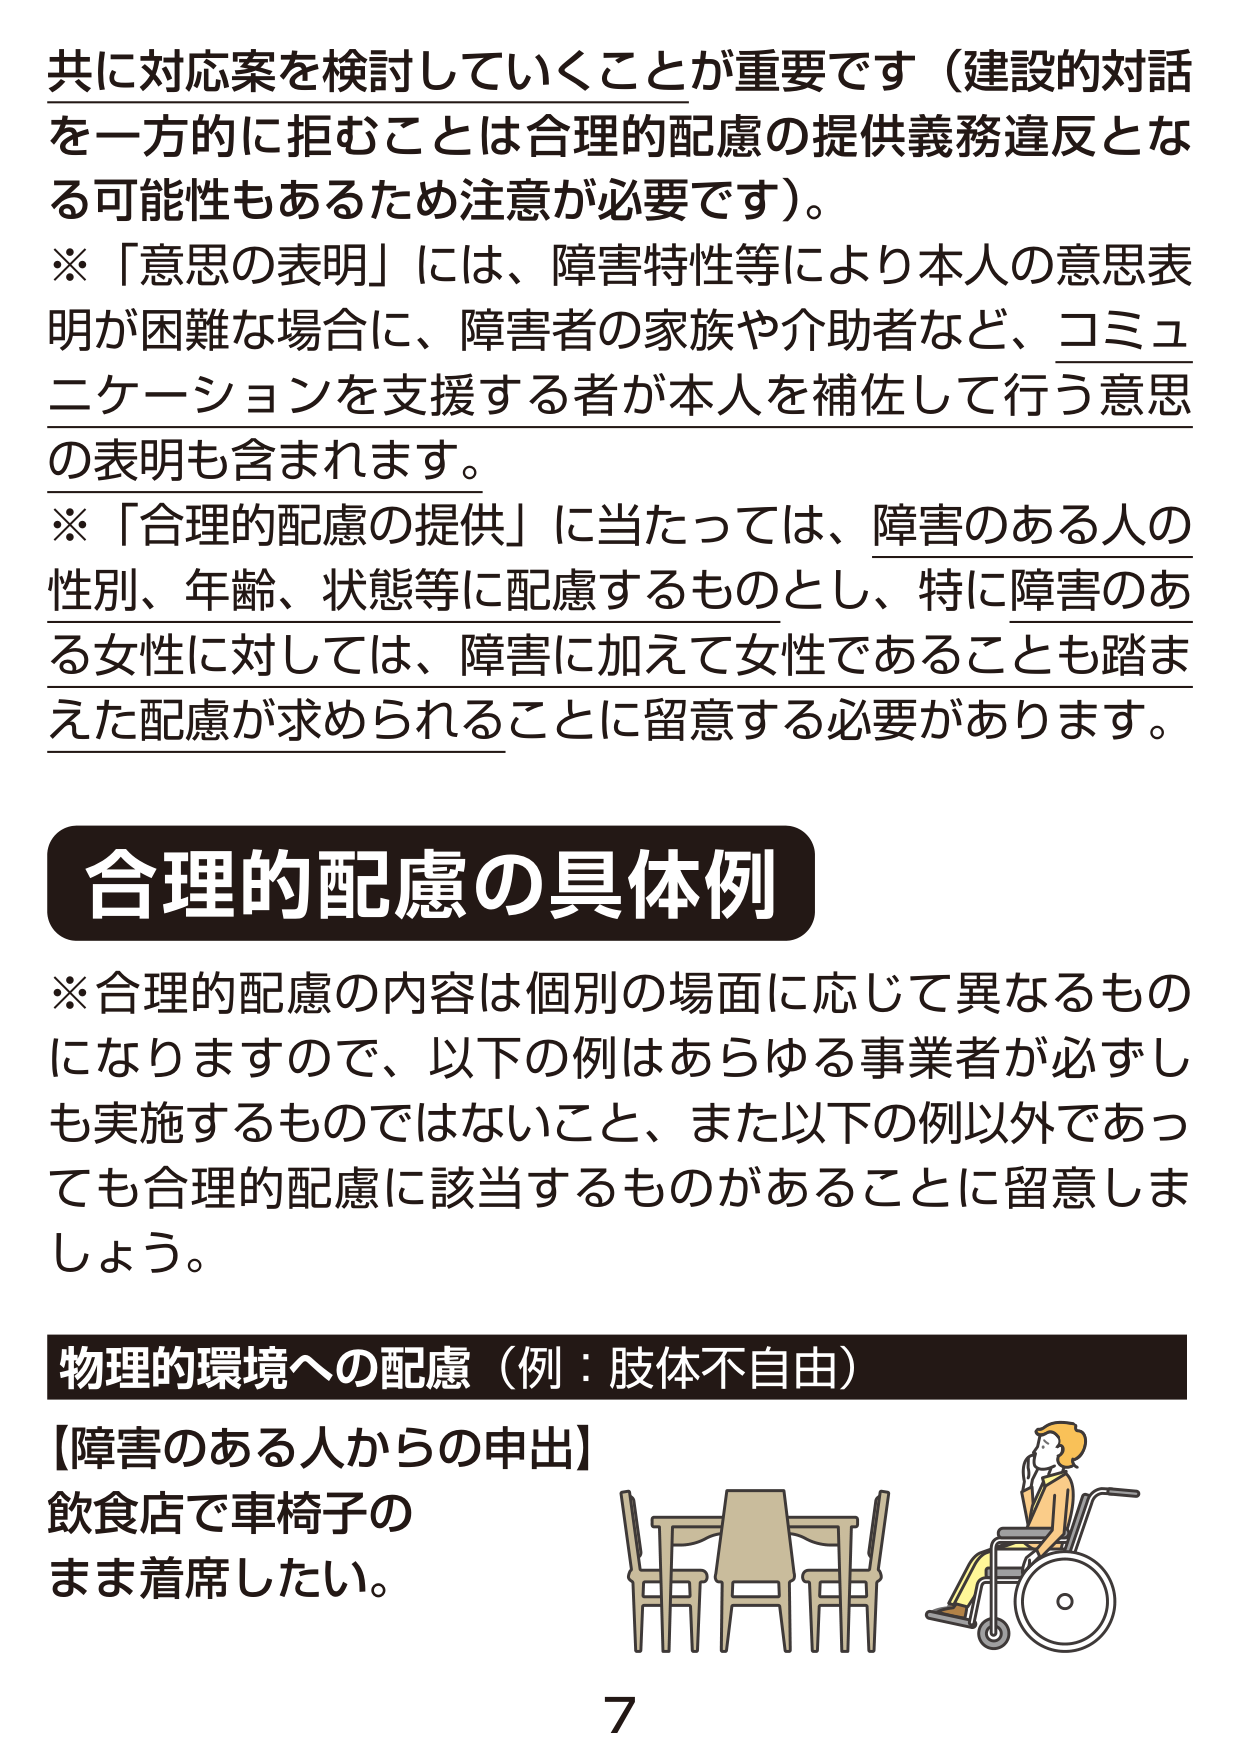
共に対応案を検討していくことが重要です（建設的対話
を一方的に拒むことは合理的配慮の提供義務違反とな
る可能性もあるため注意が必要です）。
※「意思の表明」には、障害特性等により本人の意思表
明が困難な場合に、障害者の家族や介助者など、コミュ
ニケーションを支援する者が本人を補佐して行う意思
の表明も含まれます。
※「合理的配慮の提供」に当たっては、障害のある人の
性別、年齢、状態等に配慮するものとし、特に障害のあ
る女性に対しては、障害に加えて女性であることも踏ま
えた配慮が求められることに留意する必要があります。

合理的配慮の具体例
※合理的配慮の内容は個別の場面に応じて異なるもの
になりますので、以下の例はあらゆる事業者が必ずし
も実施するものではないこと、また以下の例以外であっ
ても合理的配慮に該当するものがあることに留意しま
しょう。

物理的環境への配慮（例：肢体不自由）
【障害のある人からの申出】
飲食店で車椅子の
まま着席したい。
7